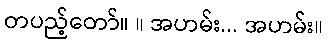
တပည့်တော်။ ။ အဟမ်း... အဟမ်း။